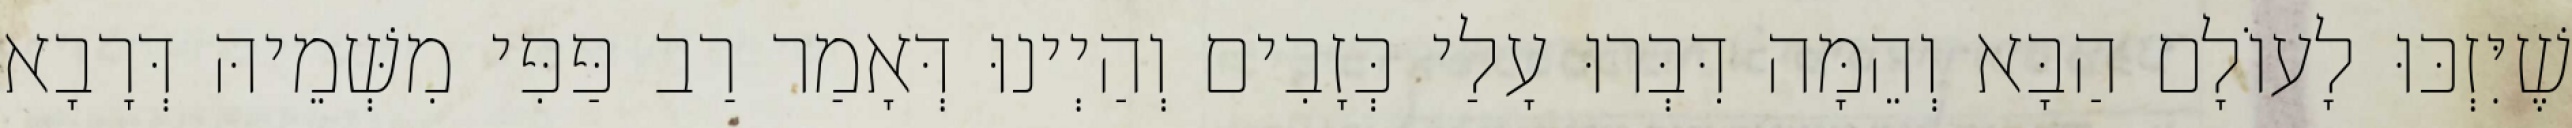
שֶׁיִּזְכּוּ לָעוֹלָם הַבָּא וְהֵמָּה דִּבְּרוּ עָלַי כְּזָבִים וְהַיְינוּ דְּאָמַר רַב פַּפִּי מִשְּׁמֵיהּ דְּרָבָא